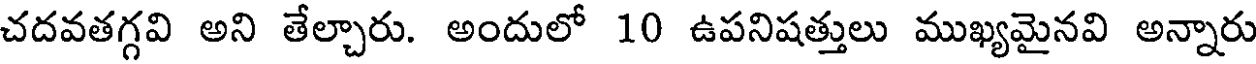
చదవతగ్గవి అని తేల్చారు. అందులో 10 ఉపనిషత్తులు ముఖ్యమైనవి అన్నారు